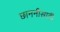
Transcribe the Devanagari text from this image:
छाननीसाठी